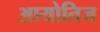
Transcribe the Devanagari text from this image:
आयोतिज